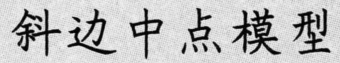
斜边中点模型